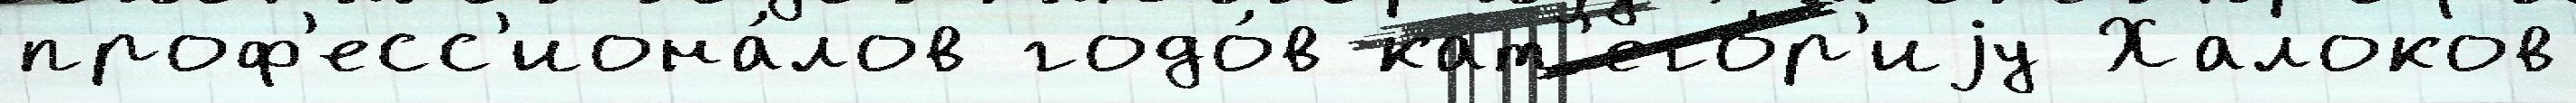
проф'есс'иона́лов годо́в кат'его́р'иjу Халоков